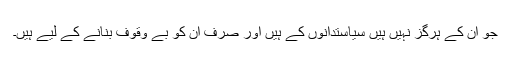
جو ان کے ہرگز نہیں ہیں سیاستدانوں کے ہیں اور صرف ان کو بے وقوف بنانے کے لیے ہیں۔